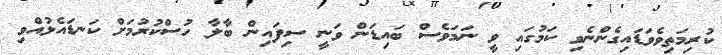
ކުރިމަތިވެވަޑައިގެންނެވި ކަމުގައި ވީ ނަމަވެސް ބައިޑަން ވަނީ ސިފައިން ބާލާ ހުސްކުރުމަށް ކަނޑައެޅުއްވި